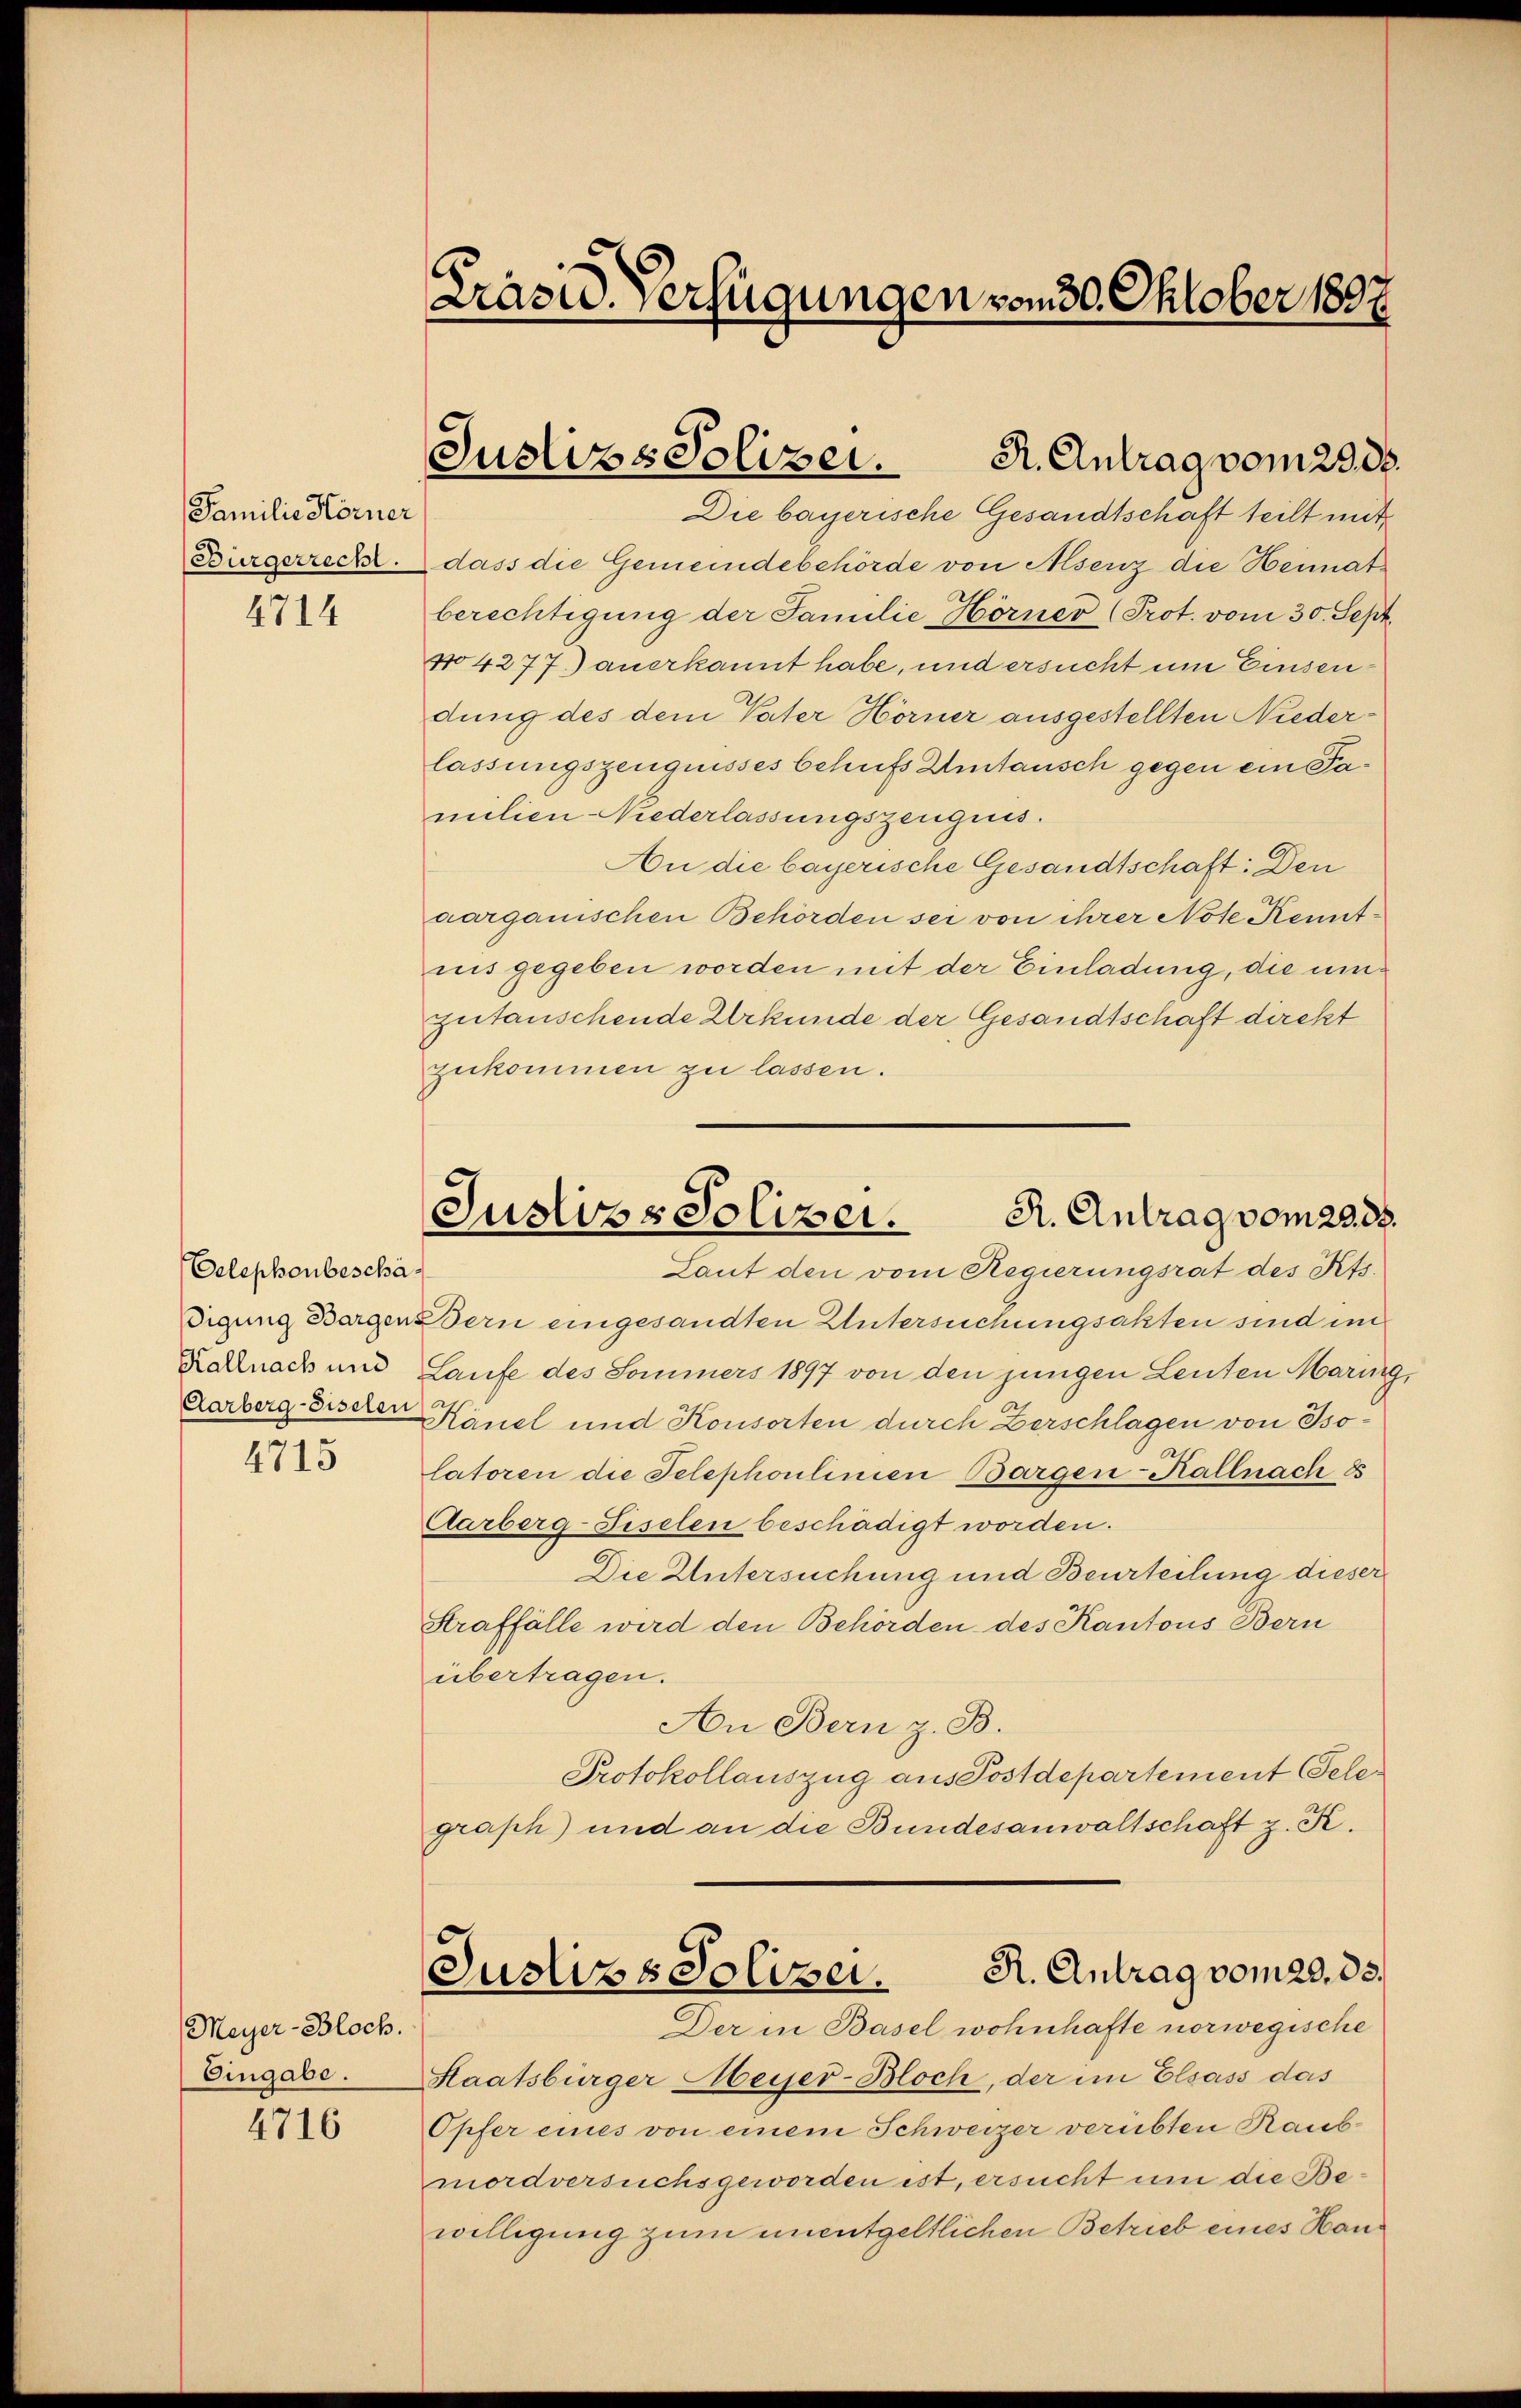
Familie Horner

4714

Oelephonbeschädigung Bargen
Kallnach und

4715

Meyer-Bloch.
Eingabe.
4716

Präsid. Verfügungen vom 30. Oktober 1897.

Justizs Polizei.
R. Antrag vom 29. d.

R. Antrag vom 2388.
Justiz, Polizei.

Die bayerische Gesandtschaft teilt mit
Bürgerreckt. dass die Gemeindebehörde von Asenz die Heimat
berechtigung der Familie Hörner (Prot. vom 30. Sept
4o4277. anerkannt habe, und ersucht um Einsendung des dem Vater Hörner ausgestellten Niederlassungszeugnisses behufs Umtausch gegen ein Pamilien-Niederlassungszeugnis.
An die bayerische Gesandtschaft: Den
aarganischen Behörden sei von ihrer Note Kenntnis gegeben worden mit der Einladung, die umzutauschende Urkunde der Gesandtschaft direkt
zukommen zu lassen.
Laut den vom Regierungsrat des Kts.
Bern eingesandten Untersuchungsakten sind im
Laufe des Sommers 1897 von den jungen Leuten Maring
Aarberg bischen Känel und Konsorten durch Zerschlagen von Isolatoren die Telephoulinien Bargen-Kallnach 85
Aarberg-Fiselen beschädigt worden.
Die Untersuchung und Beurteilung dieser
Straffälle wird den Behörden des Kantons Bern
übertragen.
An Bern z. B.
Protokollauszug aus Postdepartement Telegraph) und an die Bundesanwaltschaft z. K.
d
R. Antrag vom 29. 85.
Justizs Soloser.
Der in Basel wohnhafte norwegische
Staatsbürger Meyer-Bloch, der im Elsass das
Opfer eines von einem Schweizer verübten Raubmordversuchsgeworden ist, ersucht um die Bewilligung zum unentgeltlichen Betrieb eines Han¬